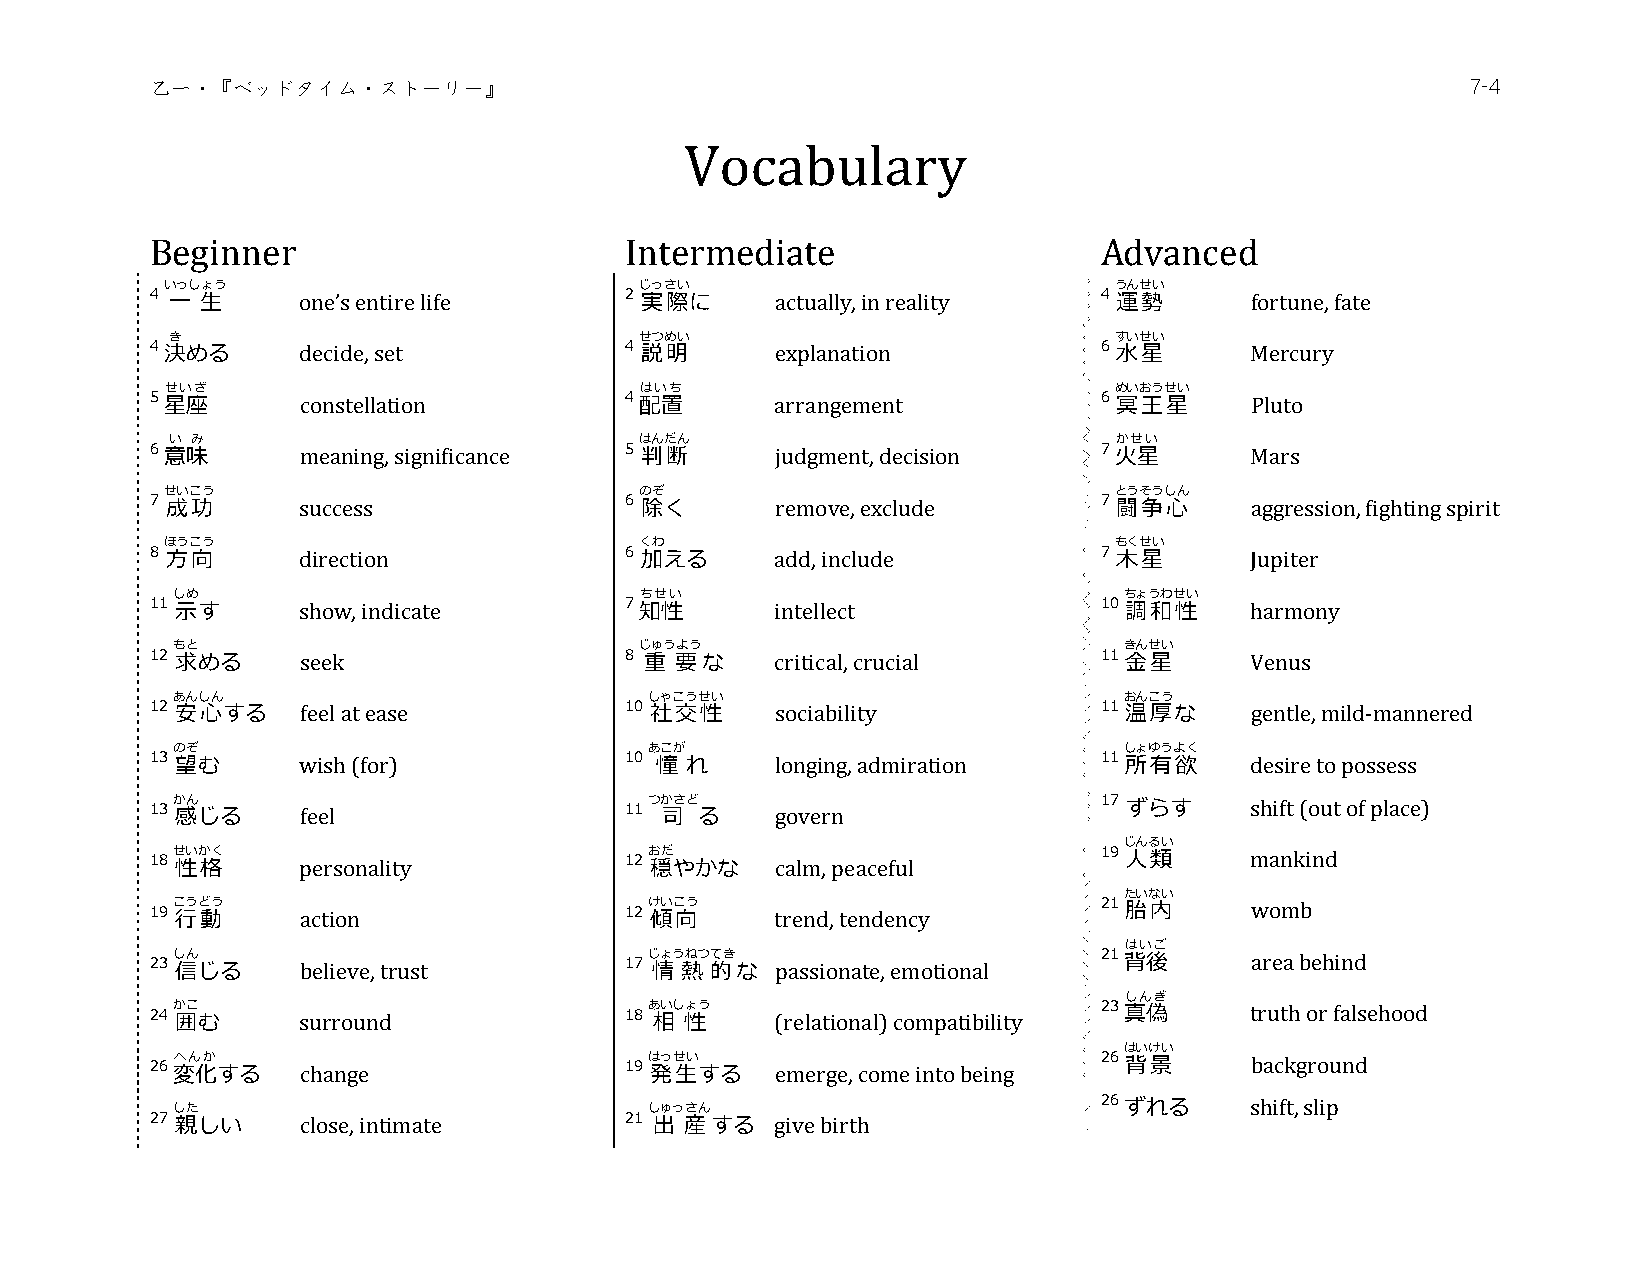
乙一・『ベッドタイム・ストーリー』                                                                      7-4
 Vocabulary
 Beginner                       Intermediate                    Advanced
 いっしょう                          じっさい                            うんせい
 4 一 生     one’s entire life    2 実際に     actually, in reality  4 運勢      fortune, fate
 き                              せつめい                            すいせい
 4 決める     decide, set          4 説明      explanation           6 水星      Mercury
 せいざ                            はいち                             めいおうせい
 5 星座      constellation        4 配置      arrangement           6 冥王星     Pluto
 い み                            はんだん                            かせい
 6 意味      meaning, significance 5 判断     judgment, decision    7 火星      Mars
 せいこう                           のぞ                              とうそうしん
 7 成功      success              6 除く      remove, exclude       7 闘争心     aggression, fighting spirit
 ほうこう                           くわ                              もくせい
 8 方向      direction            6 加える     add, include          7 木星      Jupiter
 しめ                             ちせい                             ちょうわせい
 11 示す     show, indicate       7 知性      intellect             10 調和性    harmony
 もと                             じゅうよう                           きんせい
 12 求める    seek                 8 重 要な    critical, crucial     11 ⾦星     Venus
 あんしん                            しゃこうせい                         おんこう
 12 安心する   feel at ease         10 社交性    sociability           11 温厚な    gentle, mild-mannered
 のぞ                              あこが                            しょゆうよく
 13 望む     wish (for)           10 憧 れ    longing, admiration   11 所有欲    desire to possess
 13 か 感ん じる feel                11 つか 司さど る govern              17 ずらす    shift (out of place)
 じんるい
 18 せ 性いか 格く personality        12 お 穏だ やかな calm, peaceful      19 人類     mankind
 たいない
 19 こ ⾏うど 動う action             12 け 傾いこ 向う trend, tendency     21 胎内     womb
 はいご
 23 し 信ん じる believe, trust      17 じ 情ょう 熱ねつ 的てき な passionate, emotional 21 背後 area behind
 しんぎ
 24 か 囲こ む surround             18 あ 相いし 性ょう (relational) compatibility 23 真偽 truth or falsehood
 はいけい
 26 変へん 化か する change            19 は 発っせ 生い する emerge, come into being 26 背景 background
 した                              しゅっさん                         26 ずれる    shift, slip
 27 親しい    close, intimate      21 出 産する  give birth